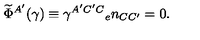
{ \widetilde \Phi } ^ { A ^ { \prime } } ( \gamma ) \equiv \gamma ^ { A ^ { \prime } C ^ { \prime } C } { _ { e } n _ { C C ^ { \prime } } } = 0 .